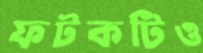
ফটকটিও